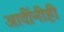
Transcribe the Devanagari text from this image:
आदींनीही